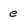
Character: e